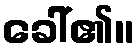
ခေါ်၏။